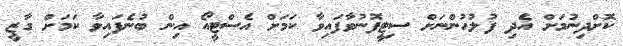
ކޮށްދިނުމަށް އެދި ފުލުހުންނަށް ސިޓީފޮނުވާފައިވާ ކަމަށް އެސްޓީއޯ އިން ބުނެފައިވާ ކަމަށް ގާޒީ